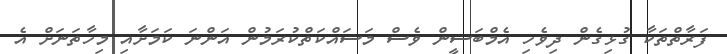
ފަރާތްތަކާ ގުޅިގެން ދިވެހި އެމްބަސީން ވެސް މަސައްކަތްކުރަމުން އަންނަ ކަމަށާއި މިހާތަނަށް އެ